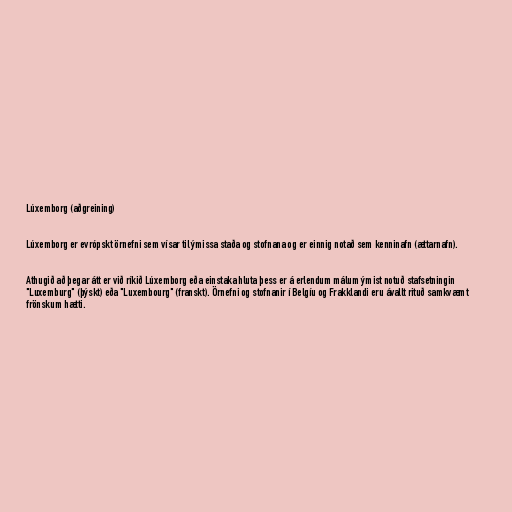
Lúxemborg (aðgreining)

Lúxemborg er evrópskt örnefni sem vísar til ýmissa staða og stofnana og er einnig notað sem kenninafn (ættarnafn).

Athugið að þegar átt er við ríkið Lúxemborg eða einstaka hluta þess er á erlendum málum ýmist notuð stafsetningin
"Luxemburg" (þýskt) eða "Luxembourg" (franskt). Örnefni og stofnanir í Belgíu og Frakklandi eru ávallt rituð samkvæmt
frönskum hætti.